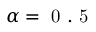
\alpha = \mathrm { ~ 0 ~ . ~ 5 ~ }